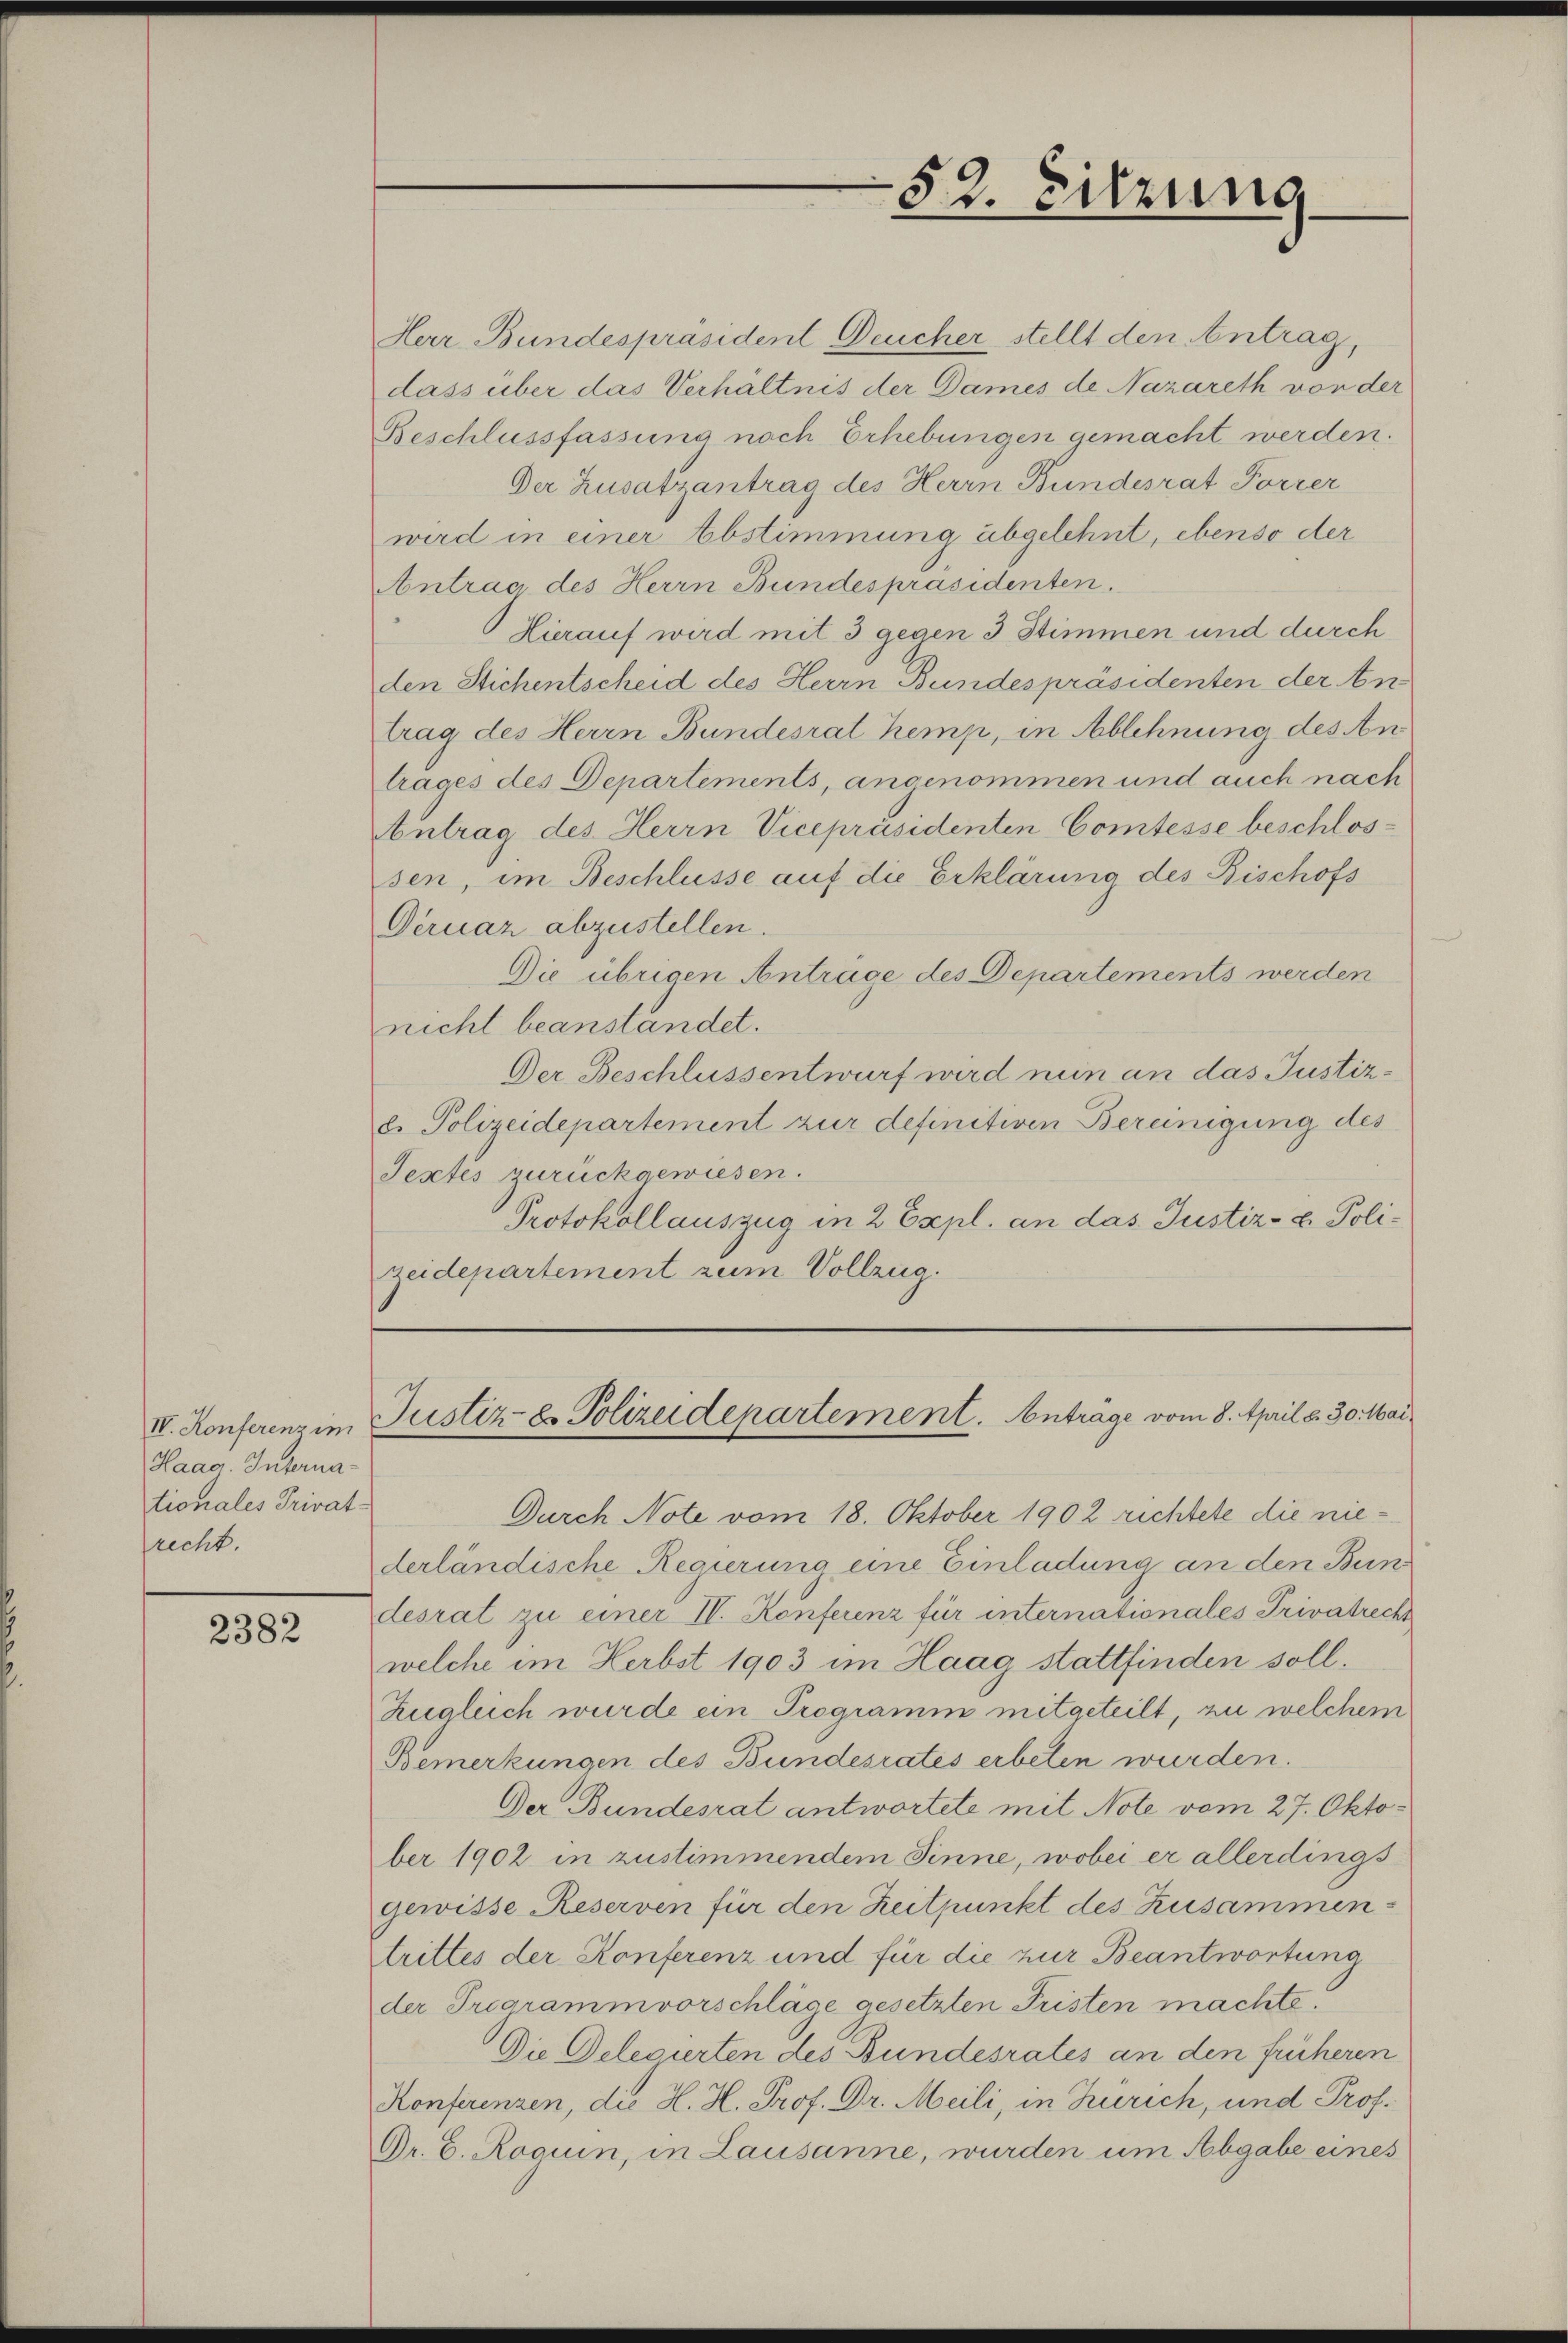
IV. Konferenz im
Haag. Internationales Privat-
recht.

2382

Herr Bundespräsident Deucher stellt den Antrag,
dass über das Verhältnis der Dames de Nazareth von der
Beschlussfassung nach Erhebungen gemacht werden.
Der Zusatzantrag des Herrn Bundesrat Forrer
wird in einer Abstimmung abgelehnt, ebenso der
Antrag des Herrn Bundespräsidenten.
Hierauf wird mit 3 gegen 3 Stimmen und durch
den Stichentscheid des Herrn Bundespräsidenten der An
trag des Herrn Bundesrat Kemp, in Ablehnung des An
trages des Departements, angenommen und auch nach
Antrag des Herrn Vicepräsidenten Comtesse beschlossen, im Beschlüsse auf die Erklärung des Bischofs
Deruar abzustellen.
Die übrigen Anträge des Departements werden
nicht beanstandet.
Der Beschlussentwurf wird nun an das Justize. Polizeidepartement zur definitiven Bereinigung des
Textes zurückgewiesen.
Protokollauszug in 2 Expl. an das Justiz- & Polizeidepartement zum Vollzug.

Durch Note vom 18. Oktober 1902 richtete die niederländische Regierung eine Einladung an den Bun
desrat zu einer IV. Konferenz für internationales Privatrecht
welche im Herbst 1903 im Haag stattfinden soll.
Zugleich wurde ein Programm mitgeteilt, zu welchem
Bemerkungen des Bundesrates erbeten wurden.
Der Bundesrat antwortete mit Note vom 27. Oktober 1902 in zustimmendem Sinne, wobei er allerdings
gewisse Reserven für den Zeitpunkt des Zusammentrittes der Konferenz und für die zur Beantwortung
der Programm vorschläge gesetzten Fristen machte.
Die Delegierten des Bundesrates an den früheren
Konferenzen, die H. H. Prof. Dr. Meili, in Zürich, und Prof.
Dr. C. Roguin, in Lausanne, wurden um Abgabe eines

1
r. Sitzung

Justiz u. Polizeidepartement. Anträge vom 8. April v. 30. Mai